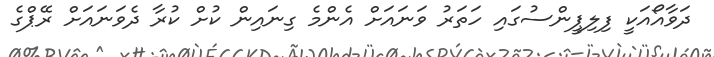
ދަވާއޯއަކީ ފިލިޕީންސުގައި ހަތަރު ވަނައަށް އެންމެ ގިނައިން ކުށް ކުރާ ދެވަނައަށް ރޭޕްގެ